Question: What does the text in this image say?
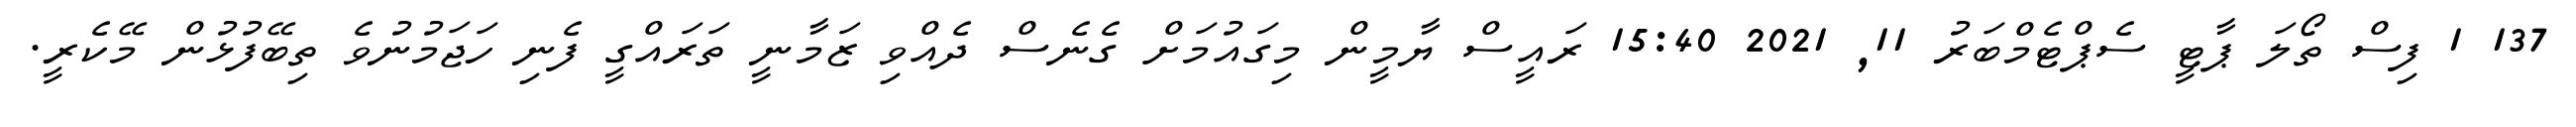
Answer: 137 1 ފިސް ތޯލަ ޕާޓީ ސެޕްޓެމްބަރު 11, 2021 15:40 ރައީސް ޔާމީން މިގައުމަށް ގެނެސް ދެއްވި ޒަމާނީ ތަރައްގީ ފެނި ހަޖަމުނުވެ ތިބޭފުޅުން މޭކެރީ.